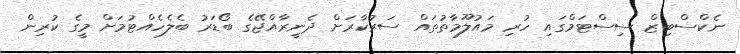
ނެކްސްބިޒް ސިސްޓަމްގައި ހުރި މައުލޫމާތުތައް ސަރުކާރަށް ދެނީރާއްޖޭގެ ބޯޑަރު ބެލެހެއްޓުމަށް މީގެ ކުރިން